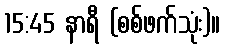
15:45 နာရီ (စစ်ဖက်သုံး)။